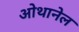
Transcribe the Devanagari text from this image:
ओथानेल